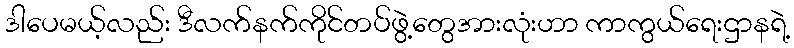
ဒါပေမယ့်လည်း ဒီလက်နက်ကိုင်တပ်ဖွဲ့တွေအားလုံးဟာ ကာကွယ်ရေးဌာနရဲ့